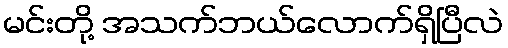
မင်းတို့ အသက်ဘယ်လောက်ရှိပြီလဲ